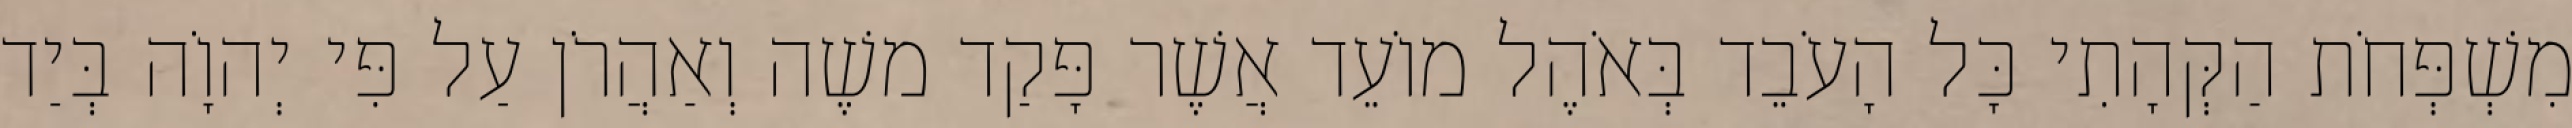
מִשְׁפְּחֹת הַקְּהָתִי כָּל הָעֹבֵד בְּאֹהֶל מוֹעֵד אֲשֶׁר פָּקַד משֶׁה וְאַהֲרֹן עַל פִּי יְהוָֹה בְּיַד